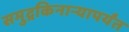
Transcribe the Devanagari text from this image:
समुद्रकिनार्‍यापर्यंत